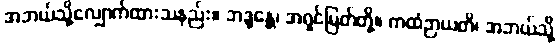
အဘယ်သို့လျှောက်ထားသနည်း။ ဘဒ္ဒန္တေ၊ အရှင်မြတ်တို့။ ကထံဉာယတိ၊ အဘယ်သို့